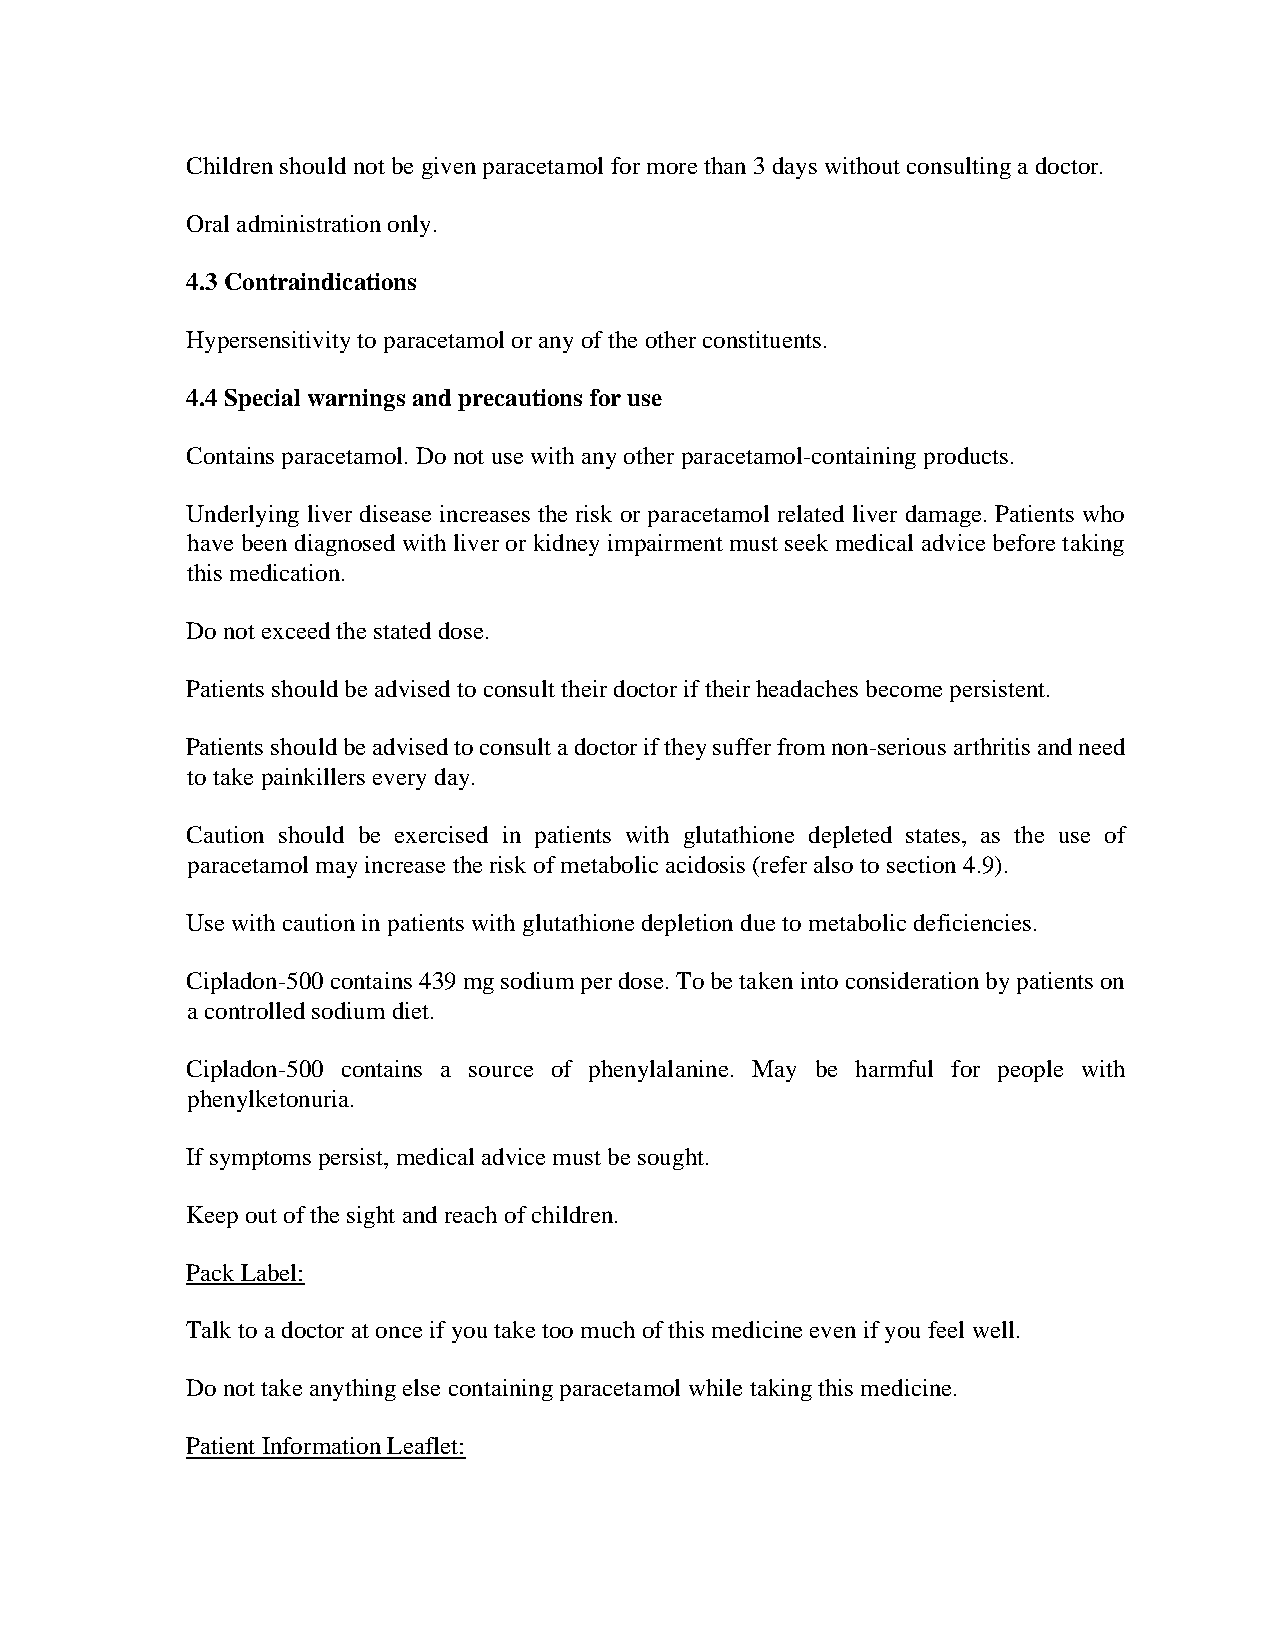
Children should not be given paracetamol for more than 3 days without consulting a doctor.
 Oral administration only.
 4.3 Contraindications
 Hypersensitivity to paracetamol or any of the other constituents.
 4.4 Special warnings and precautions for use
 Contains paracetamol. Do not use with any other paracetamol-containing products.
 Underlying liver disease increases the risk or paracetamol related liver damage. Patients who
 have been diagnosed with liver or kidney impairment must seek medical advice before taking
 this medication.
 Do not exceed the stated dose.
 Patients should be advised to consult their doctor if their headaches become persistent.
 Patients should be advised to consult a doctor if they suffer from non-serious arthritis and need
 to take painkillers every day.
 Caution should be exercised in patients with glutathione depleted states, as the use of
 paracetamol may increase the risk of metabolic acidosis (refer also to section 4.9).
 Use with caution in patients with glutathione depletion due to metabolic deficiencies.
 Cipladon-500 contains 439 mg sodium per dose. To be taken into consideration by patients on
 a controlled sodium diet.
 Cipladon-500 contains a source of phenylalanine. May be harmful for people with
 phenylketonuria.
 If symptoms persist, medical advice must be sought.
 Keep out of the sight and reach of children.
 Pack Label:
 Talk to a doctor at once if you take too much of this medicine even if you feel well.
 Do not take anything else containing paracetamol while taking this medicine.
 Patient Information Leaflet: